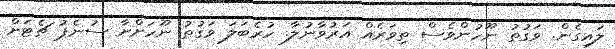
ލައިގެން. ވަގުތު ނޫހުންވެސް ތިވަރެއް އަރުވާނުލާ. ހުރެބަލަ ވަގުތު ނޫހަށްށާ ސުނެޕު ޗެޓަށް